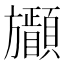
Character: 𣄩